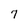
Character: 7